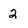
Character: 2